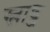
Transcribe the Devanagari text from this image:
स्लाड्ज